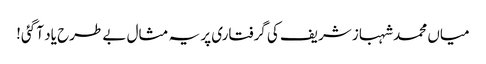
میاں محمد شہباز شریف کی گرفتاری پر یہ مثال بے طرح یاد آ گئی!